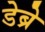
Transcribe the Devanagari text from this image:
डेब्रे